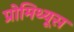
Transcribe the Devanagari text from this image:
प्रोमिथ्यूस